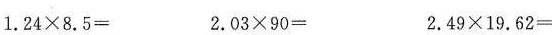
$$1 . 2 4 \times 8 . 5 =$$ $$2 . 0 3 \times 9 0 =$$ $$2 . 4 9 × 1 9 . 6 2 =$$